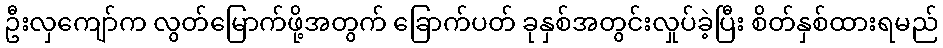
ဦးလှကျော်က လွတ်မြောက်ဖို့အတွက် ခြောက်ပတ် ခုနှစ်အတွင်းလှုပ်ခဲ့ပြီး စိတ်နှစ်ထားရမည်